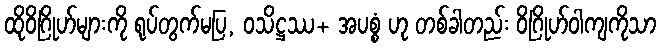
ထိုဝိဂြိုဟ်များကို ရုပ်တွက်မပြ, ဝသိဋ္ဌဿ+ အပစ္စံ ဟု တစ်ခါတည်း ဝိဂြိုဟ်ဝါကျကိုသာ